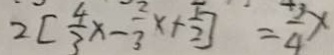
2 [ \frac { 4 } { 3 } x - \frac { 2 } { 3 } x + \frac { 5 } { 2 } ] = \frac { 3 } { 4 } x